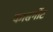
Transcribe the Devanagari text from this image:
कासर्गोट